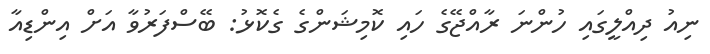
ނިއު ދިއްލީގައި ހުންނަ ރާއްޖޭގެ ހައި ކޮމިޝަންގެ ގެކޮޅު: ބޭސްފަރުވާ އަށް އިންޑިއާ